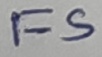
Text: FS